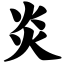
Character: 炎